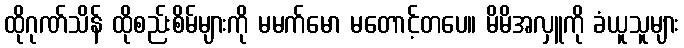
ထိုဂုဏ်သိန် ထိုစည်းစိမ်များကို မမက်မော မတောင့်တပေ။ မိမိအလှူကို ခံယူသူများ